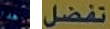
هدا تفضل